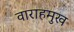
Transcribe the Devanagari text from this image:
वाराहमुख